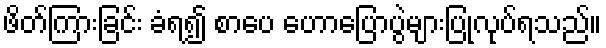
ဖိတ်ကြားခြင်း ခံရ၍ စာပေ ဟောပြောပွဲများပြုလုပ်ရသည်။